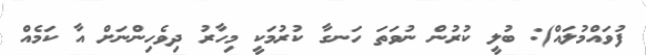
ފުވައްމުލައް): ބުލީ ކުރުން ނުވަތަ ހަނގާ ކުރުމަކީ މިހާރު ދިވެހިންނަށް އާ ކަމެއް